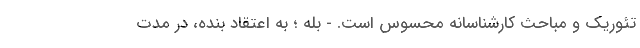
تئوریک و مباحث کارشناسانه محسوس است. - بله ؛ به اعتقاد بنده، در مدت